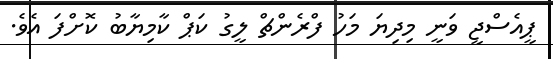
ޕީއެސްޖީ ވަނީ މިދިޔަ މަހު ފްރެންޗް ލީގު ކަޕް ކާމިޔާބު ކޮށްފަ އެވެ.